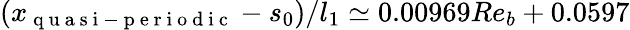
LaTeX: (x_{\mathrm{~q~u~a~s~i~-~p~e~r~i~o~d~i~c~}}-s_{0})/l_{1}\simeq 0.00969Re_{b}+0.0597